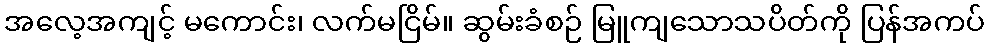
အလေ့အကျင့် မကောင်း၊ လက်မငြိမ်။ ဆွမ်းခံစဉ် မြူကျသောသပိတ်ကို ပြန်အကပ်